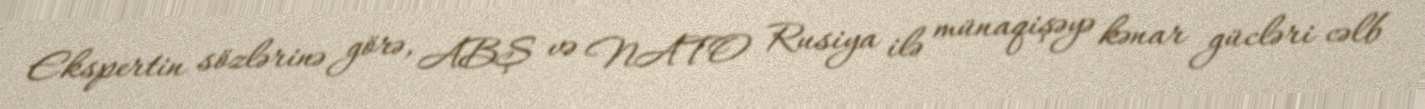
Ekspertin sözlərinə görə, ABŞ və NATO Rusiya ilə münaqişəyə kənar gücləri cəlb